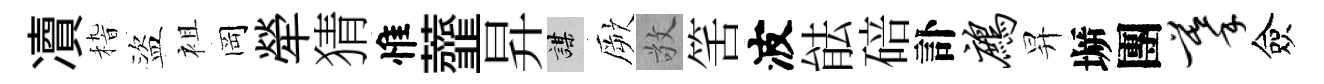
凟𥟵盜袓岡犖猜惟虀昇謀厥敬筈波䏻碚訃鹧昇󶱲團摹僉